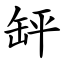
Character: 䍈